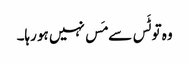
وہ تو ٹَس سے مَس نہیں ہو رہا۔